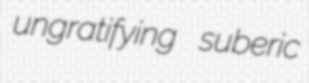
ungratifying suberic